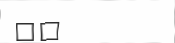
٦٣